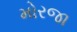
મોરજા